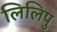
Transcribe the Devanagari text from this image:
लिलिपु